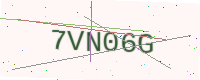
Text: 7VN06G